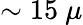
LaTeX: \sim 15~\mu